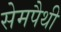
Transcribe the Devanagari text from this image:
सेमपैथी